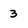
Character: 3